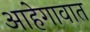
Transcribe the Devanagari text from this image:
आहेगावात